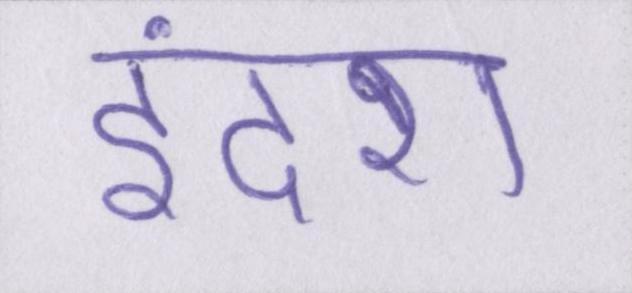
इंदरा